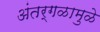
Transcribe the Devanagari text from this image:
अंतर्गळामुळे